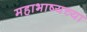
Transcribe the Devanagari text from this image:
महाभाष्यच्या